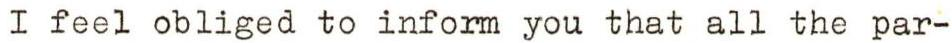
I feel obliged to inform you that all the par-